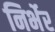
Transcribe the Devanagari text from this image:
निर्भेर